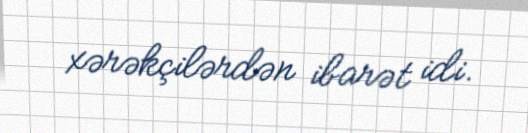
xərəkçilərdən ibarət idi.